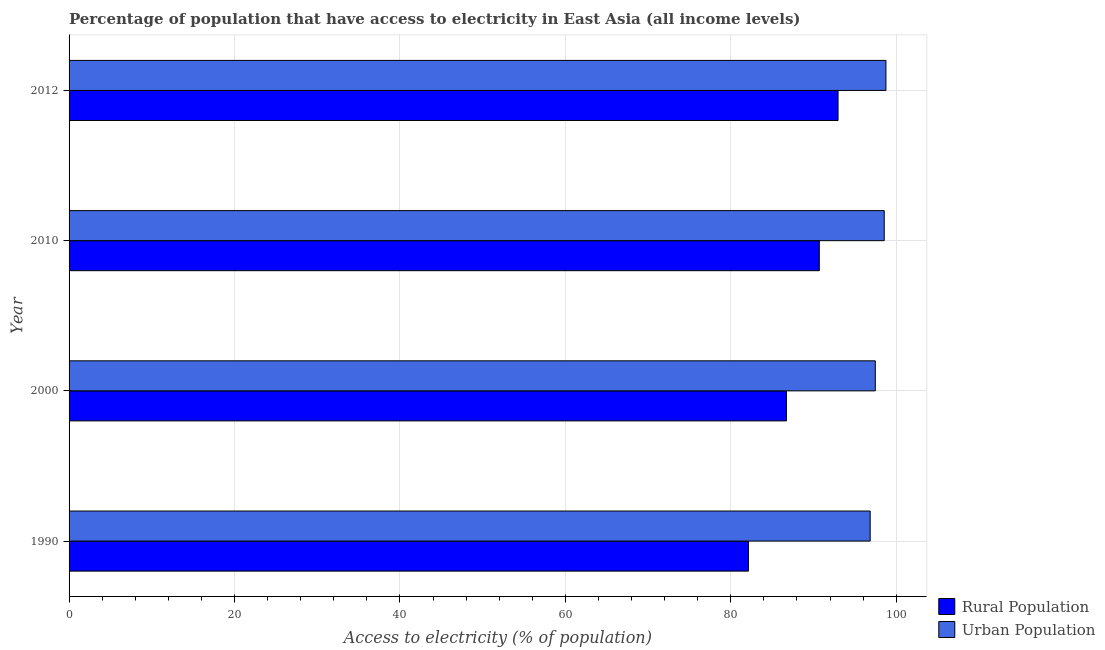
| Year | Rural Population | Urban Population |
 | --- | --- | --- |
 | 1990 | 82.1 | 96.9 |
 | 2000 | 86.7 | 97.5 |
 | 2010 | 90.7 | 98.5 |
 | 2012 | 93 | 98.8 |